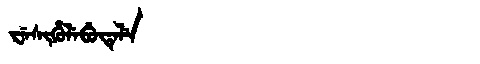
Manchu: ᠸᡝᠰᡳᡥᡠᠯᡝᠪᡠᡨᡝᠯᡝ
Romanization: WESIHULEBUTELE